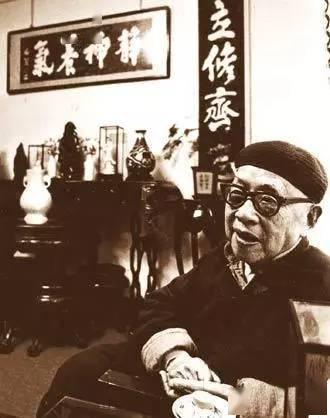
无恒产而有恒心者，惟士为能。